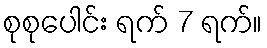
စုစုပေါင်း ရက် 7 ရက်။